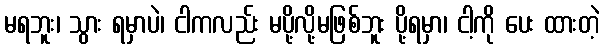
မရဘူး၊ သွား ရမှာပဲ၊ ငါကလည်း မပို့လို့မဖြစ်ဘူး ပို့ရမှာ၊ ငါ့ကို ပေး ထားတဲ့